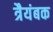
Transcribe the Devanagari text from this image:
त्रैयंबक